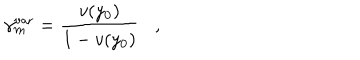
LaTeX: \gamma _ { m } ^ { \mathrm { v a r } } = { \frac { v ( y _ { 0 } ) } { 1 - v ( y _ { 0 } ) } } ,